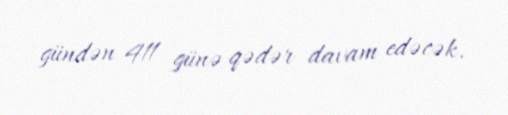
gündən 411 günə qədər davam edəcək.